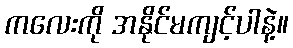
ကလေးကို အနိုင်မကျင့်ပါနဲ့။